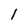
Character: 1